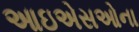
આઇએસઓના